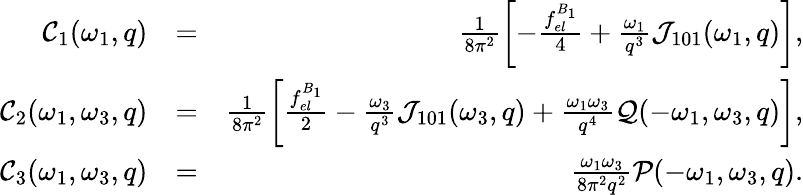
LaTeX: \begin{array}{rlr}{{\cal C}_{1}(\omega_{1},q)}&{=}&{\frac{1}{8\pi^{2}}\left[-\frac{f_{el}^{B_{1}}}{4}+\frac{\omega_{1}}{q^{3}}{\cal J}_{101}(\omega_{1},q)\right],}\\ {{\cal C}_{2}(\omega_{1},\omega_{3},{q})}&{=}&{\frac{1}{8\pi^{2}}\left[\frac{f_{el}^{B_{1}}}{2}-\frac{\omega_{3}}{q^{3}}{\cal J}_{101}(\omega_{3},q)+\frac{\omega_{1}\omega_{3}}{q^{4}}{\cal Q}(-\omega_{1},\omega_{3},{q})\right],}\\ {{\cal C}_{3}(\omega_{1},\omega_{3},{q})}&{=}&{\frac{\omega_{1}\omega_{3}}{8\pi^{2}q^{2}}{\cal P}(-\omega_{1},\omega_{3},{q}).}\end{array}